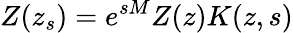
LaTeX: Z(z_{s})=e^{sM}Z(z)K(z,s)